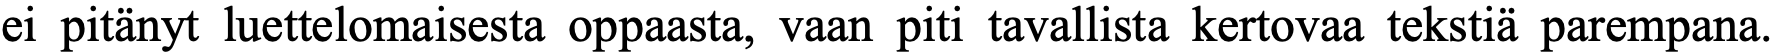
ei pitänyt luettelomaisesta oppaasta, vaan piti tavallista kertovaa tekstiä parempana.